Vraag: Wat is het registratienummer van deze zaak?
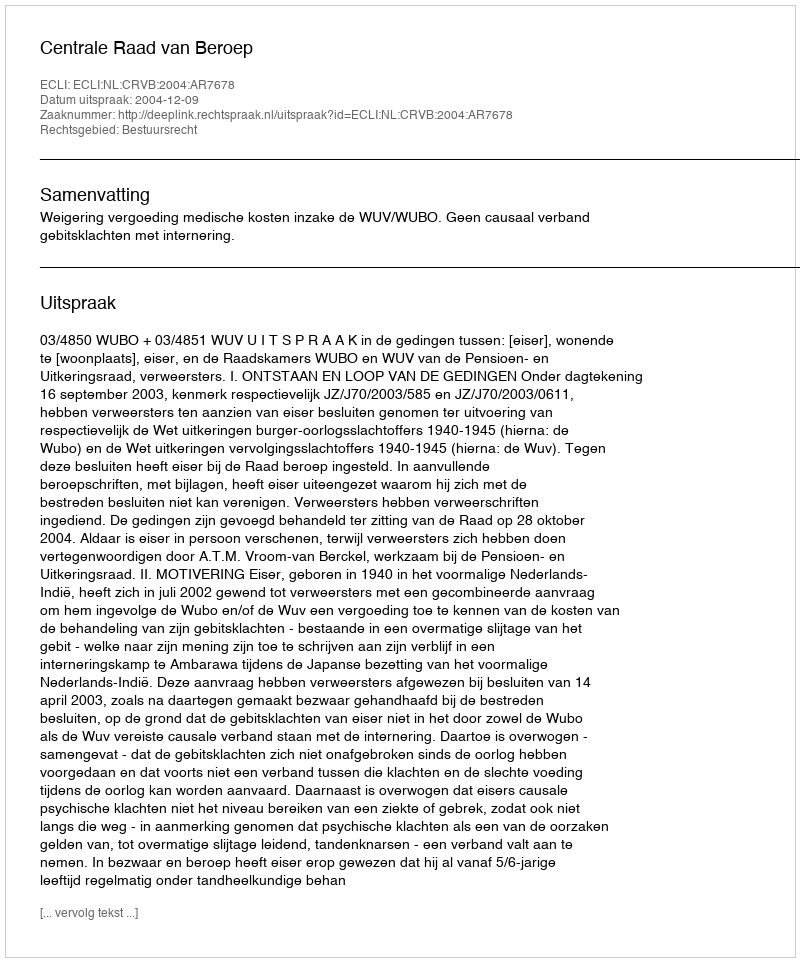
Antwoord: http://deeplink.rechtspraak.nl/uitspraak?id=ECLI:NL:CRVB:2004:AR7678